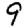
Digit: 9